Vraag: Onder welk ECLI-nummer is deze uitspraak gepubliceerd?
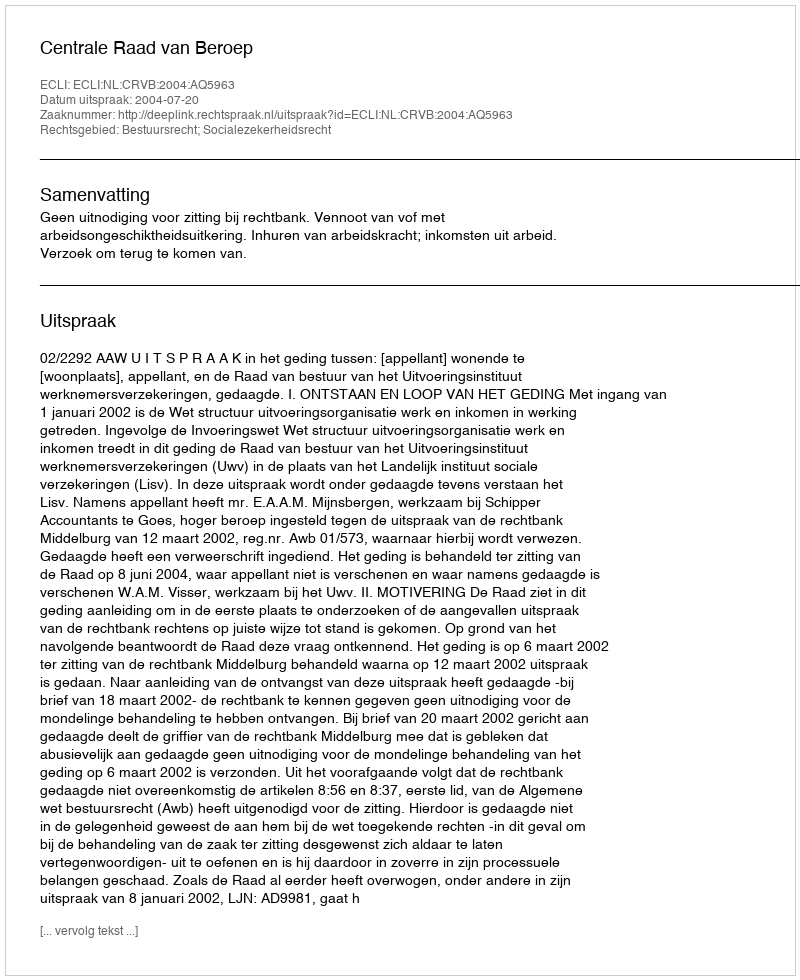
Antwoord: ECLI:NL:CRVB:2004:AQ5963